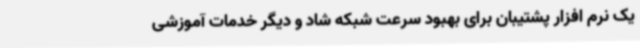
یک نرم افزار پشتیبان برای بهبود سرعت شبکه شاد و دیگر خدمات آموزشی